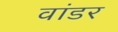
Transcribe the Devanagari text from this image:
वांडर